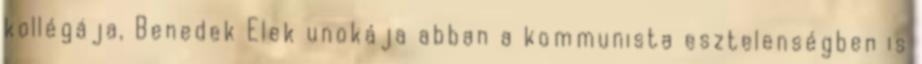
kollégája, Benedek Elek unokája abban a kommunista esztelenségben is